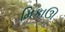
મિકાઊ